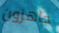
جاهزون